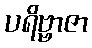
ပရိဗ္ဗာဇာ